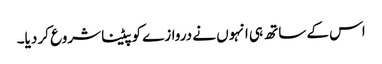
اس کے ساتھ ہی انہوں نے دروازے کو پیٹنا شروع کر دیا۔